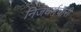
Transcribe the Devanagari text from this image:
निजधर्मचारी